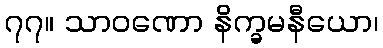
၇၇။ သာဝဏော နိက္ခမနီယော၊